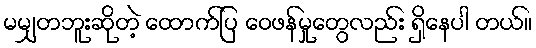
မမျှတဘူးဆိုတဲ့ ထောက်ပြ ဝေဖန်မှုတွေလည်း ရှိနေပါ တယ်။